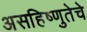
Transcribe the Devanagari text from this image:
असहिष्णुतेचे